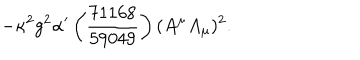
- \kappa ^ { 2 } g ^ { 2 } \alpha ^ { \prime } \left( \frac { 7 1 1 6 8 } { 5 9 0 4 9 } \right) ( A ^ { \mu } A _ { \mu } ) ^ { 2 } .